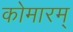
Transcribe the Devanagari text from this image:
कोमारम्